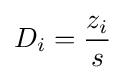
D_{i}={\frac {z_{i}}{s}}